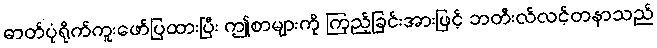
ဓာတ်ပုံရိုက်ကူးဖော်ပြထားပြီး ဤစာများကို ကြည့်ခြင်းအားဖြင့် ဘတီးလ်လင့်တနာသည်